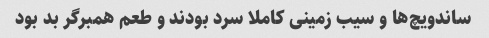
ساندویچ‌ها و سیب زمینی کاملا سرد بودند و طعم همبرگر بد بود